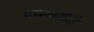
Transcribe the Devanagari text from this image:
पान्यामंदी